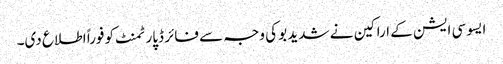
ایسوسی ایشن کے اراکین نے شدید بو کی وجہ سے فائر ڈپارٹمنٹ کو فوراً اطلاع دی۔